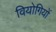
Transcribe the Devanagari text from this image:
वियोगियों